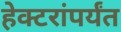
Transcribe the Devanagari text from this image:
हेक्टरांपर्यंत